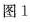
图1